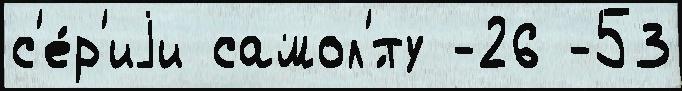
с'е́р'иjи самол'́ту -26 -53